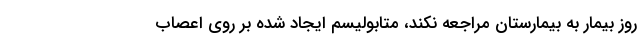
روز بیمار به بیمارستان مراجعه نکند، متابولیسم ایجاد شده بر روی اعصاب